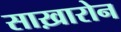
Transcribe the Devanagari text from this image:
साख़ारोन